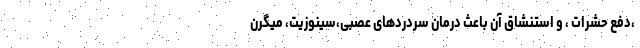
،دفع حشرات ، و استنشاق آن باعث درمان سردردهای عصبی،سینوزیت، میگرن